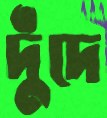
দুঁদে